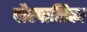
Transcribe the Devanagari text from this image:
पौरपालिका